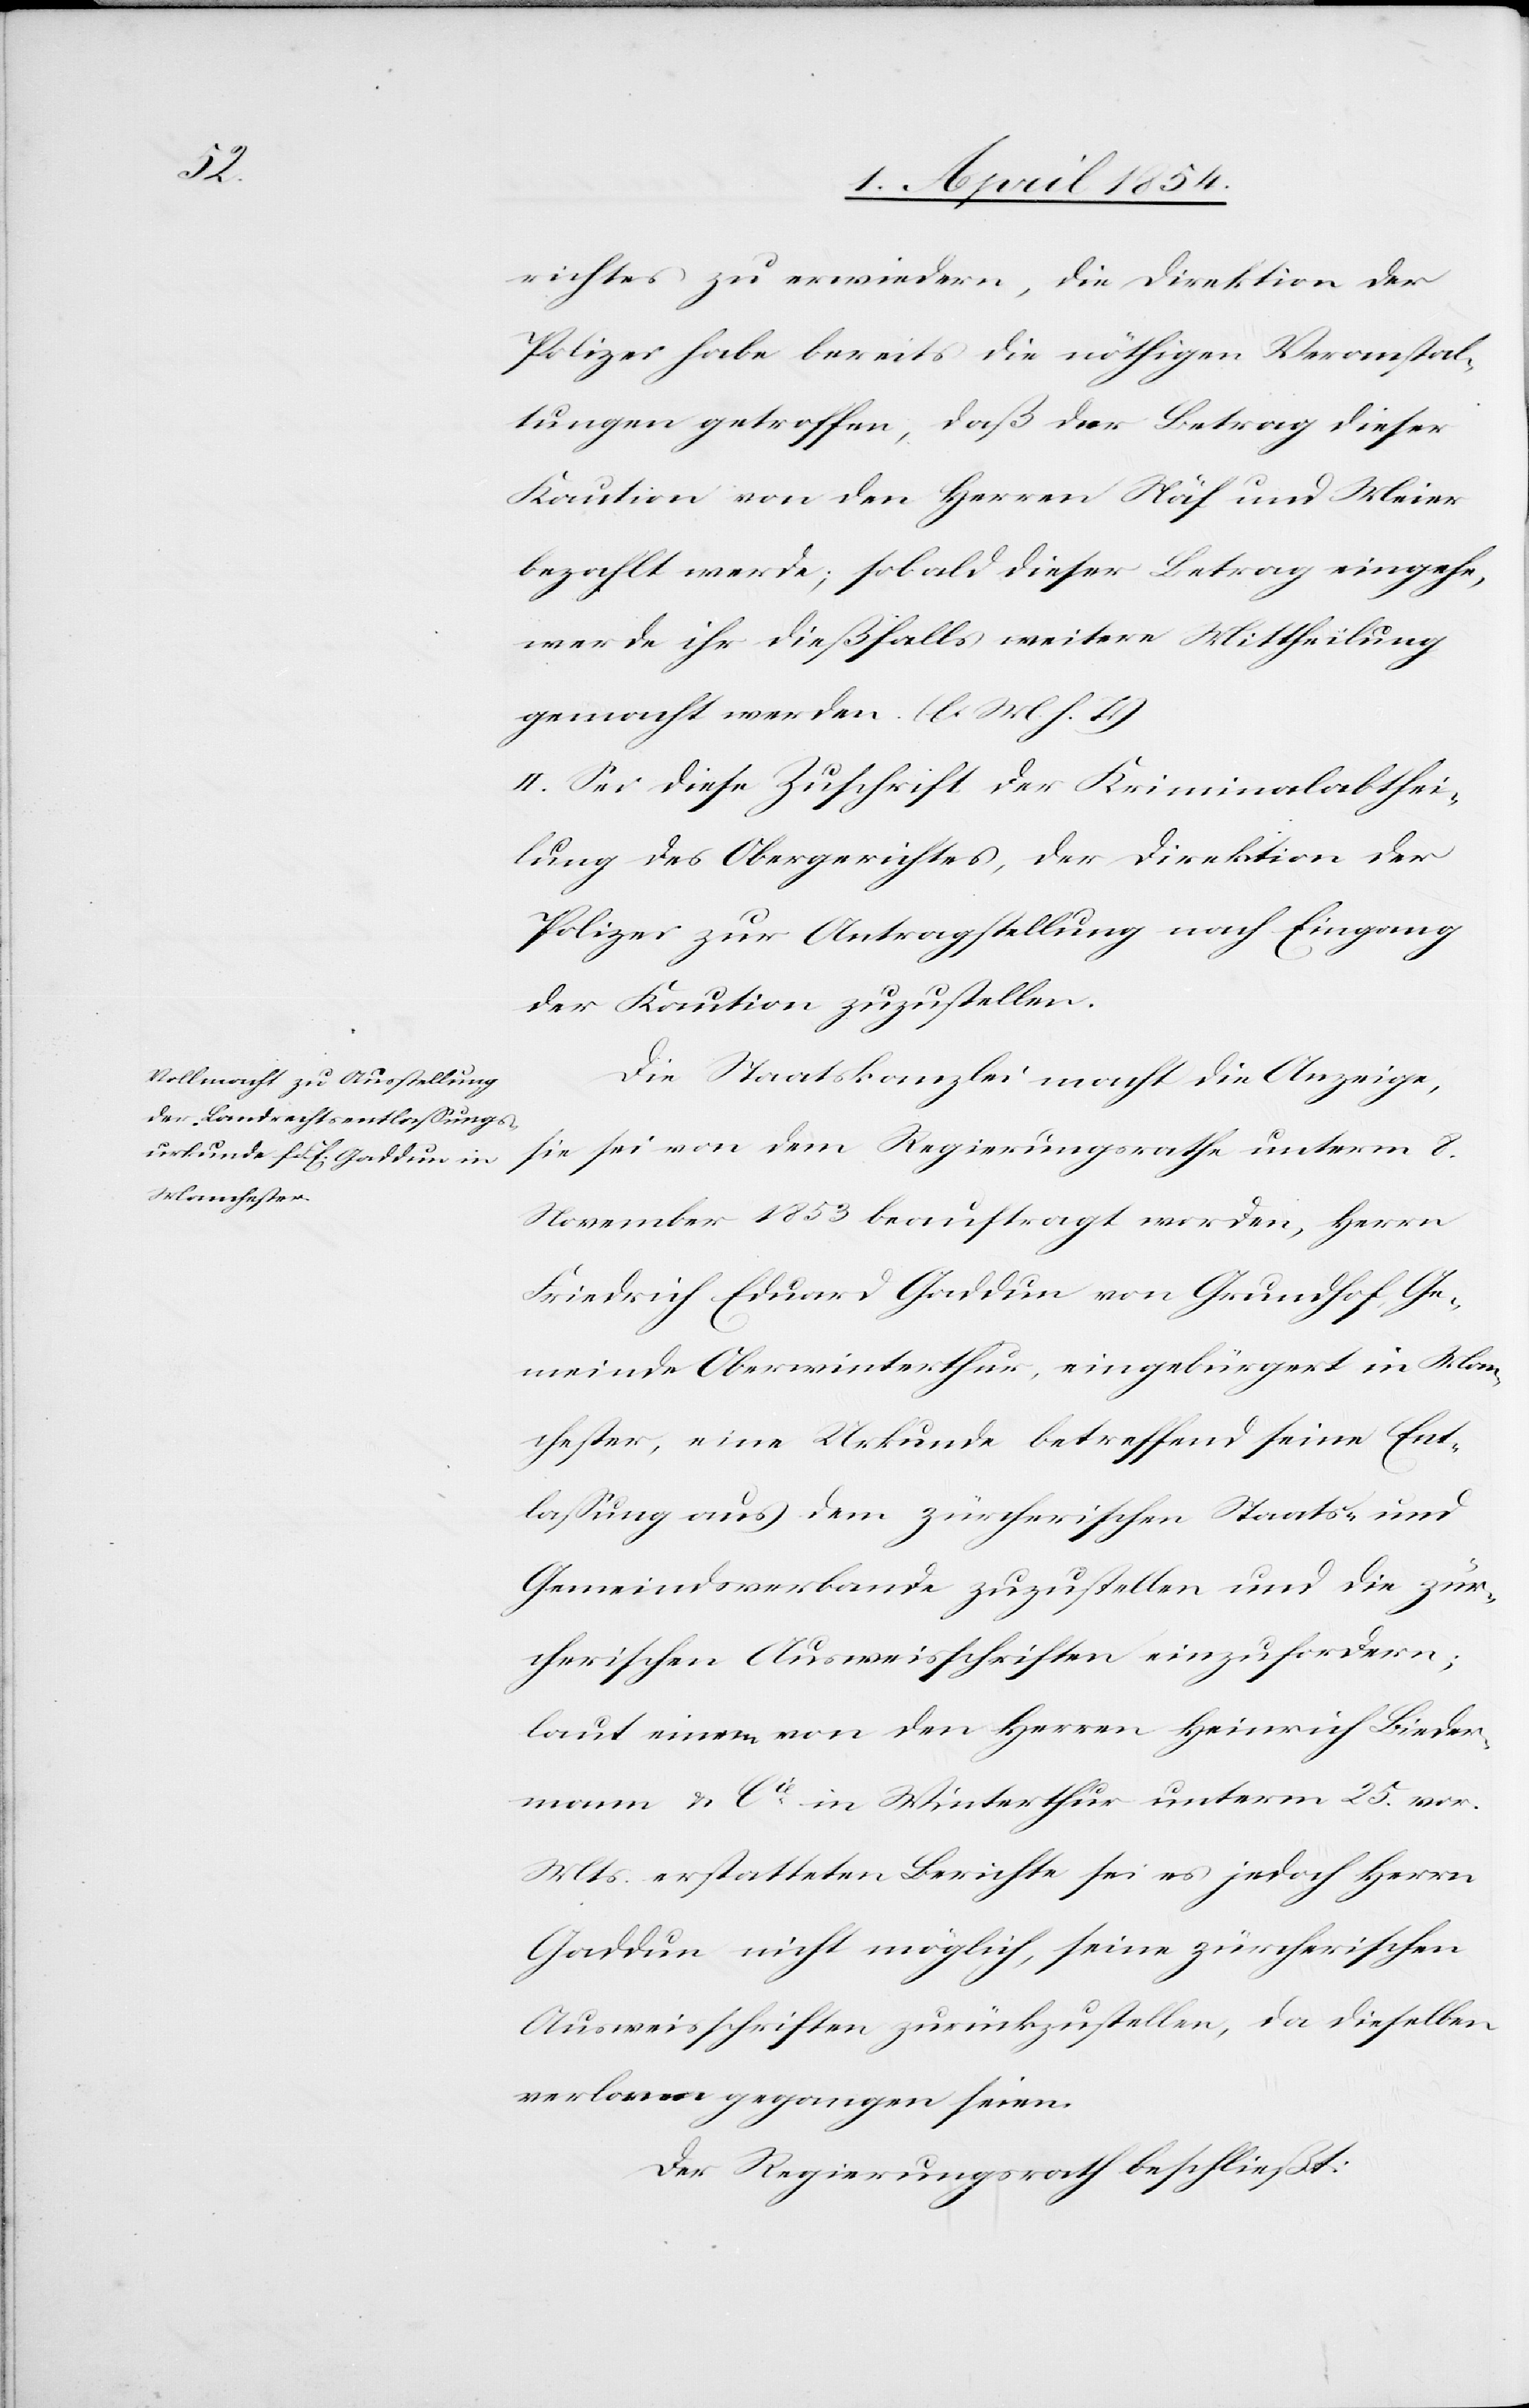
richtes zu erwiedern, die Direktion der
Polizei habe bereits die nöthigen Veranstal¬
tungen getroffen, daß der Betrag dieser
Kaution von den Herren Näf und Meier
bezahlt werde; sobald dieser Betrag eingehe,
werde ihr dießfalls weitere Mittheilung
gemacht werden. (l. M. h. T.)
II. Sei diese Zuschrift der Kriminalabthei¬
lung des Obergerichts, der Direktion der
Polizei zur Antragstellung nach Eingang
der Kaution zuzustellen.
Die Staatskanzlei macht die Anzeige,
sie sei von dem Regierungsrathe unterm 8.
November 1853 beauftragt worden, Herrn
Friedrich Eduard Gaddun von Grundhof, Ge¬
meinde Oberwinterthur, eingebürgert in Man¬
chester, eine Urkunde betreffend seine Ent¬
laßung aus dem zürcherischen Staats- und
Gemeindsverbande zuzustellen und die zür¬
cherischen Ausweisschriften einzufordern;
laut einem von den Herren Heinrich Bieder¬
mann & Cie in Winterthur unterm 25. vor.
Mts erstatteten Berichte sei es jedoch Herrn
Gaddun nicht möglich, seine zürcherischen
Ausweisschriften zurückzustellen, da dieselben
verloren gegangen seien.
Der Regierungsrath beschließt: